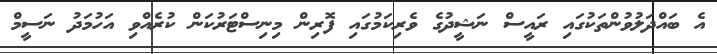
އެ ބައްދަލުވުންތަކުގައި ރައީސް ނަޝީދުގެ ވެރިކަމުގައި ފޮރިން މިނިސްޓަރުކަން ކުރެއްވި އަހުމަދު ނަސީމް